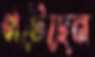
পটেছেন